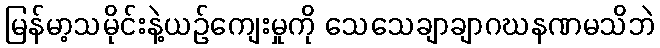
မြန်မာ့သမိုင်းနဲ့ယဉ်ကျေးမှုကို သေသေချာချာဂဃနဏမသိဘဲ